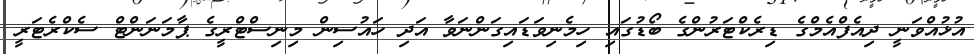
އުޅުއްވަނީ ދިއެފްއެމްގެ ޑިރެކްޓަރުންގެ ބޯޑުގައި ހިމެނިވަޑައިގަންނަވާ އަދި ހައުސިން މިނިސްޓްރީގެ ޕާމަނަންޓް ސެކްރެޓަރީ